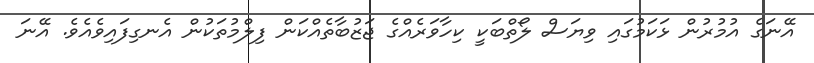
އޭނަގެ އުމުރުން ޅަކަމުގައި ވިޔަސް ލޯތްބަކީ ކިހާވަރެއްގެ ޖަޒުބާތެއްކަން ފިލްމުތަކުން އެނގިފައިވެއެވެ. އޭނަ